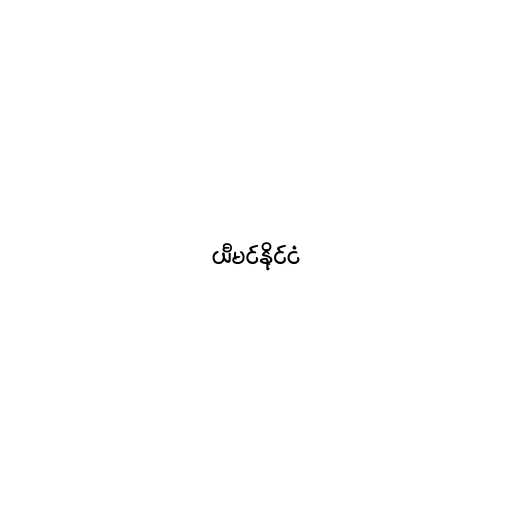
ယီမင်နိုင်ငံ